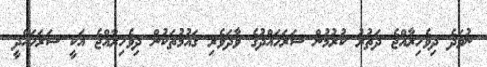
ނުވަދެ ދިވެހިރާއްޖެ ދަތުރު ކުރުމުން ސަރަހައްދުގެ ވާދަވެރި ޤައުމުތަކުން ދިވެހިރާއްޖެ އަކީ ސަރަހައްދީ